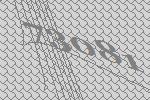
73081